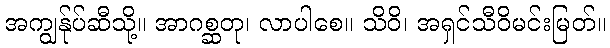
အကျွန်ုပ်ဆီသို့။ အာဂစ္ဆတု၊ လာပါစေ။ သိဝိ၊ အရှင်သီဝိမင်းမြတ်။